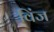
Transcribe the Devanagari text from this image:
विंज